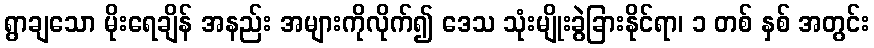
ရွာချသော မိုးရေချိန် အနည်း အများကိုလိုက်၍ ဒေသ သုံးမျိုးခွဲခြားနိုင်ရာ၊ ၁ တစ် နှစ် အတွင်း